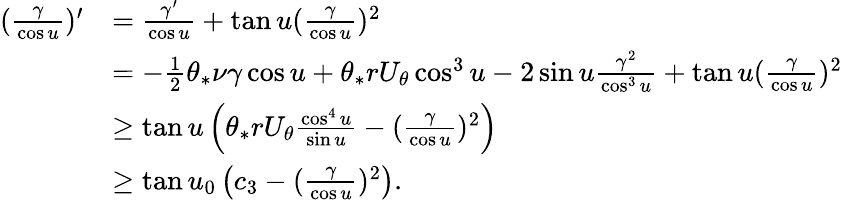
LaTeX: \begin{array}{rl}{(\frac{\gamma}{\cos u})^{\prime}}&{=\frac{\gamma^{\prime}}{\cos u}+\tan u(\frac{\gamma}{\cos u})^{2}}\\ &{=-\frac{1}{2}\theta_{*}\nu\gamma\cos u+\theta_{*}rU_{\theta}\cos^{3}u-2\sin u\frac{\gamma^{2}}{\cos^{3}u}+\tan u(\frac{\gamma}{\cos u})^{2}}\\ &{\ge\tan u\left(\theta_{*}rU_{\theta}\frac{\cos^{4}u}{\sin u}-(\frac{\gamma}{\cos u})^{2}\right)}\\ &{\ge\tan u_{0}\left(c_{3}-(\frac{\gamma}{\cos u})^{2}\right).}\end{array}